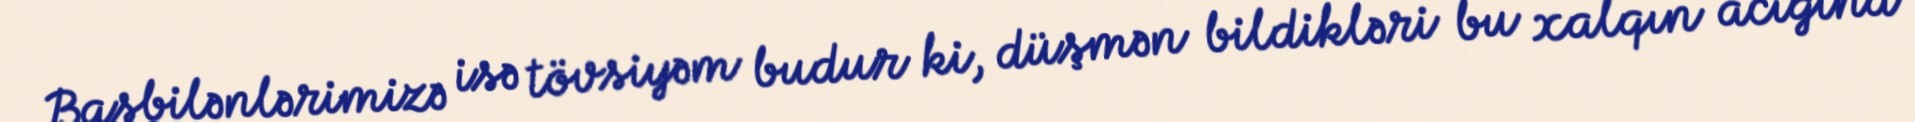
Başbilənlərimizə isə tövsiyəm budur ki, düşmən bildikləri bu xalqın acığına